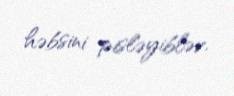
həbsini pisləyiblər.